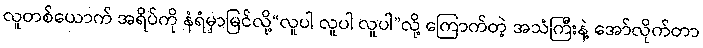
လူတစ်ယောက် အရိပ်ကို နံရံမှာမြင်လို့“လူပါ လူပါ လူပါ”လို့ ကြောက်တဲ့ အသံကြီးနဲ့ အော်လိုက်တာ